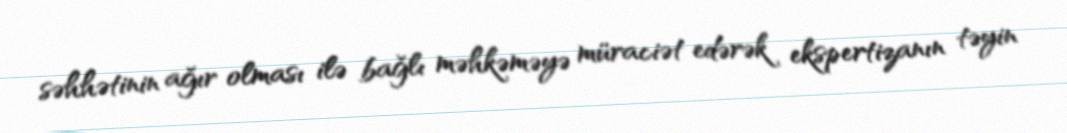
səhhətinin ağır olması ilə bağlı məhkəməyə müraciət edərək ekspertizanın təyin